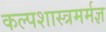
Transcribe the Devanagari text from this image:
कल्पशास्त्रमर्मज्ञ